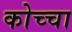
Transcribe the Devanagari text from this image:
कोच्चा